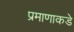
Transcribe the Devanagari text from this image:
प्रमाणाकडे